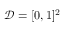
\mathcal { D } = [ 0 , 1 ] ^ { 2 }